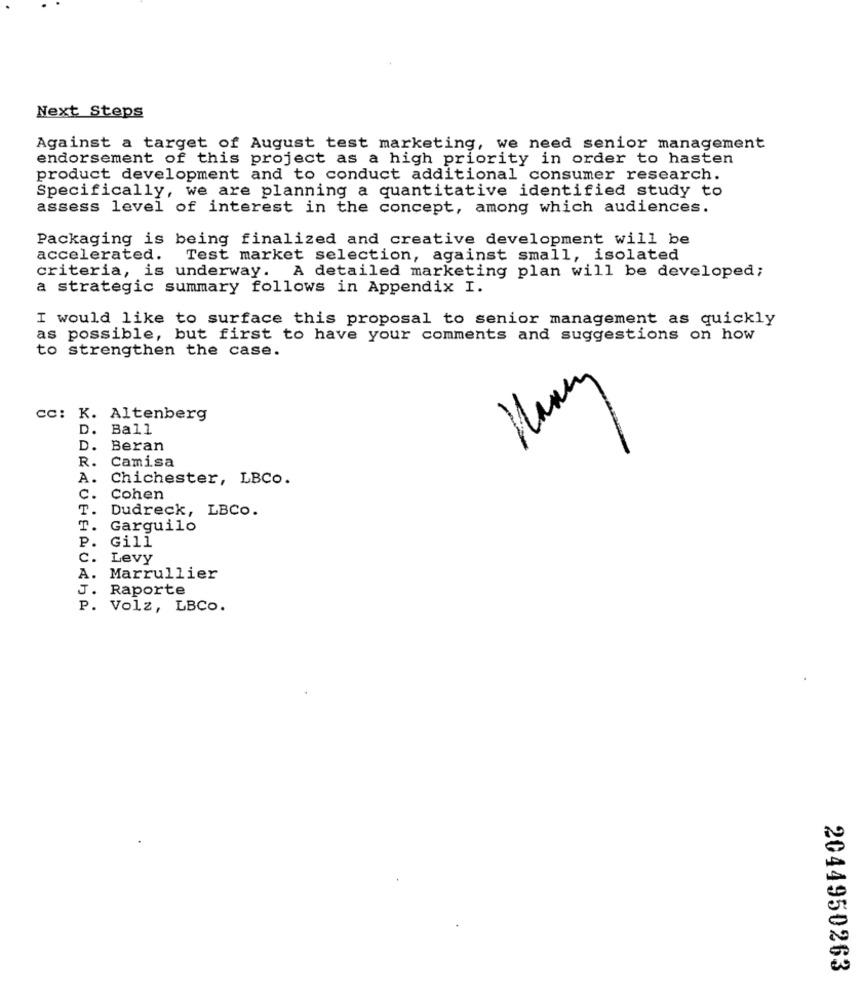
Next Steps
Against a target of August test marketing, we need senior management
endorsement of this project as a high priority in order to hasten
product development and to conduct additional consumer research.
Specifically, we are planning a quantitative identified study to
assess level of interest in the concept, among which audiences.
Packaging is being finalized and creative development will be
accelerated.
Test market selection, against small, isolated
criteria, is underway. A detailed marketing plan will be developed;
a strategic summary follows in Appendix I.
I would like to surface this proposal to senior management as quickly
as possible, but first to have your comments and suggestions on how
to strengthen the case.
Many
Cc: K. Altenberg
. Ball
-
D. Beran
R. Camisa
A.
Chichester, LBCo.
c .
Cohen
T.
Dudreck, LBCo.
T.
Garguilo
P.
Gill
c.
Levy
A.
Marrullier
J. Raporte
P. Volz, LBCO.
2044950263